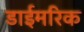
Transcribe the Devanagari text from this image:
डाईमरिक